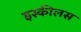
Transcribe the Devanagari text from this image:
इस्कीलस